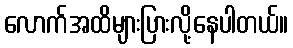
လောက်အထိများပြားလို့နေပါတယ်။